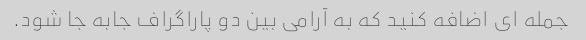
جمله ای اضافه کنید که به آرامی بین دو پاراگراف جابه جا شود.